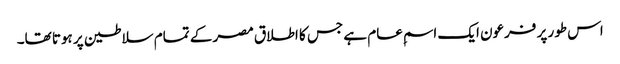
اس طور پر فرعون ایک اسمِ عام ہے جس کا اطلاق مصر کے تمام سلاطین پر ہوتا تھا۔